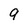
Character: 9